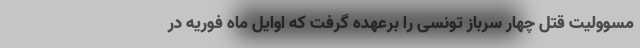
مسوولیت قتل چهار سرباز تونسی را برعهده گرفت که اوایل ماه فوریه در